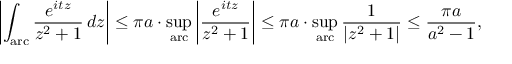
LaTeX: \left| \int _ { \mathrm { a r c } } { \frac { e ^ { i t z } } { z ^ { 2 } + 1 } } \, d z \right| \leq \pi a \cdot \operatorname* { s u p } _ { \mathrm { a r c } } \left| { \frac { e ^ { i t z } } { z ^ { 2 } + 1 } } \right| \leq \pi a \cdot \operatorname* { s u p } _ { \mathrm { a r c } } { \frac { 1 } { | z ^ { 2 } + 1 | } } \leq { \frac { \pi a } { a ^ { 2 } - 1 } } ,